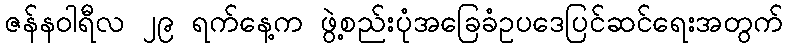
ဇန်နဝါရီလ ၂၉ ရက်နေ့က ဖွဲ့စည်းပုံအခြေခံဥပဒေပြင်ဆင်ရေးအတွက်